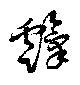
霼